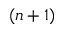
( n + 1 )